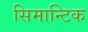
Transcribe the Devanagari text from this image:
सिमान्टिक